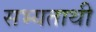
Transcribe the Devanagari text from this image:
सभ्यताथी